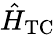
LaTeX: \hat{H}_{\mathrm{TC}}